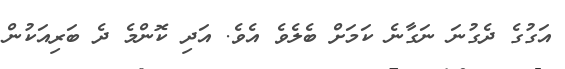
އަގުގެ ދެގުނަ ނަގާނެ ކަމަށް ބެލެވެ އެވެ. އަދި ކޮންމެ ދެ ބަރިއަކުން